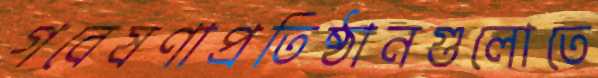
গবেষণাপ্রতিষ্ঠানগুলোতে